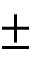
\pm